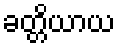
ခတ္တိယာယ